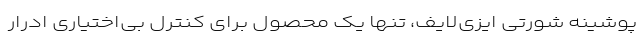
پوشینه شورتی ایزی‌لایف، تنها یک محصول برای کنترل بی‌اختیاری ادرار